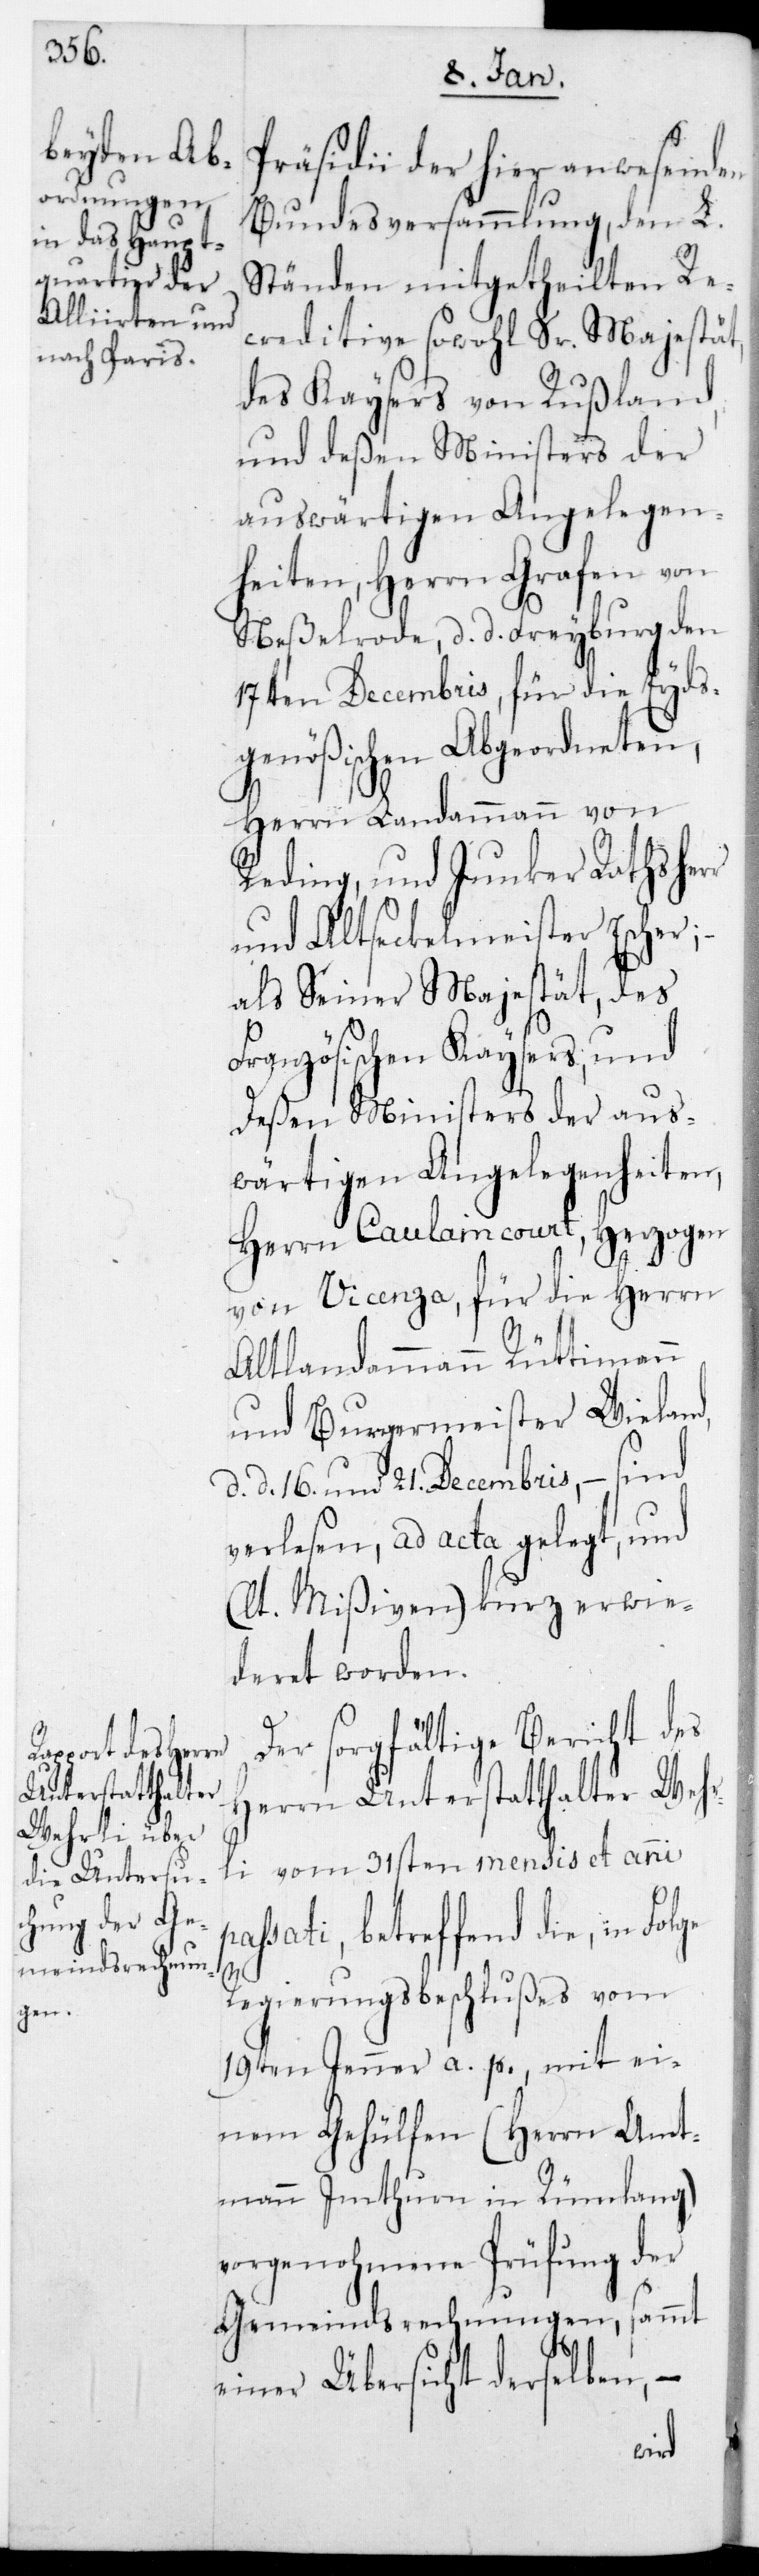
Präsidii der hier anwesenden
Bundesversammlung, den L.
Ständen mitgetheilten Re¬
criditive sowohl Sr. Majestät
des Kaysers von Rußland,
und deßen Ministers der
auswärtigen Angelegen¬
heiten, Herrn Grafen von
Neßelrode, datiert Freyburg den
17ten Decembris, für die Eyds¬
genößischen Abgeordneten,
Herrn Landammann von
Reding, und Junker Rathsher¬
und alt Sekelmeister Escher;
als Sr. Majestät des
Französischen Kaisers, und
deßen Ministers der aus¬
wärtigen Angelegenheiten,
Herrn Caulaincourt, Herzogen
von Vicenza, für die Herrn
alt Landammann Rüttimann
und Burgermeister Wieland,
d 21sten Decembris, – sind
verlesen, ad acta gelegt und
(laut Mißiven) kurz erwie¬
deret worden.
Der sorgfältige Bericht des
Herrn Unterstatthalter Wehr¬
li vom 31sten mensis et anni
sati, betreffend die, in Fo¬
lge
Regierungsbeschlußes vom
19ten Jenner a. p., mit ei¬
nem Gehülfen (Herrn Amt¬
mann Imthurn in Rümlang)
vorgenohmene Prüfung der
Gemeindsrechnungen, sammt
einer Übersicht derselben,